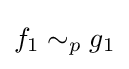
f_{1}\sim _{p}g_{1}